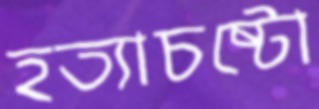
হত্যাচষ্টো